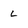
Character: L